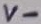
Text: V-